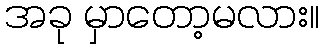
အခု မှာတော့မလား။